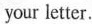
your letter.